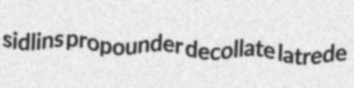
sidlins propounder decollate latrede